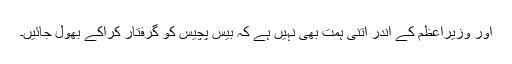
اور وزیراعظم کے اندر اتنی ہمت بھی نہیں ہے کہ بیس پچیس کو گرفتار کراکے بھول جائیں۔